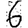
Digit: 6